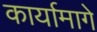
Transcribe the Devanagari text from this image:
कार्यामागे